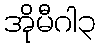
အိုမီဂါ၃